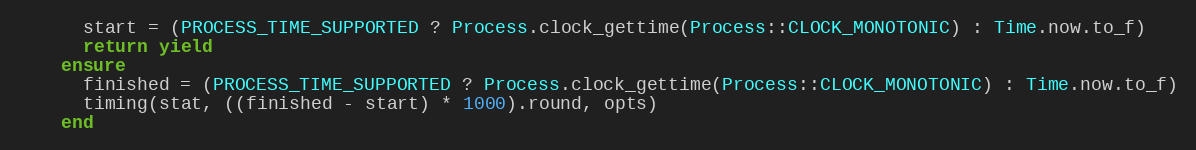
Language: Ruby
      start = (PROCESS_TIME_SUPPORTED ? Process.clock_gettime(Process::CLOCK_MONOTONIC) : Time.now.to_f)
      return yield
    ensure
      finished = (PROCESS_TIME_SUPPORTED ? Process.clock_gettime(Process::CLOCK_MONOTONIC) : Time.now.to_f)
      timing(stat, ((finished - start) * 1000).round, opts)
    end